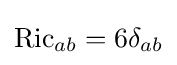
\operatorname {Ric} _{ab}=6\delta _{ab}